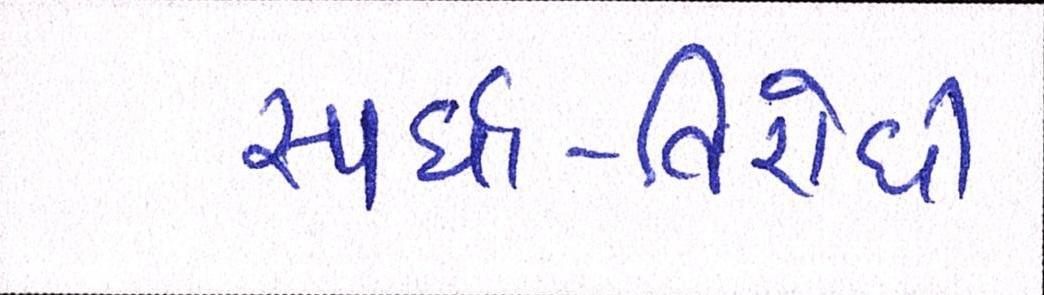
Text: સ્પર્ધા-વિરોધી